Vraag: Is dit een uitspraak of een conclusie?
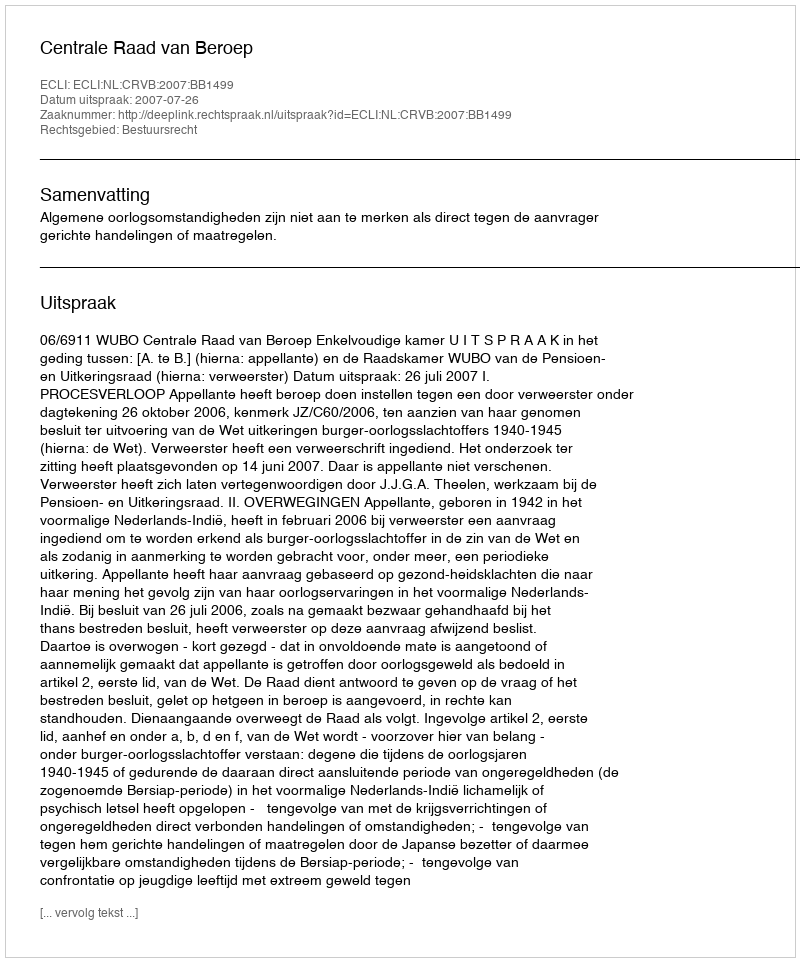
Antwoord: Uitspraak